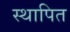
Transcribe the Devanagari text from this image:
स्थापित